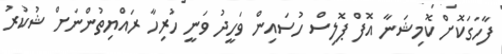
ފާހަގަކޮށް ކޮމިޝަނާ އޮފް ޕޮލިސް ހުސައިން ވަހީދު ވަނީ ހުރިހާ ރައްޔިތުންނަށް ޝުކުރު